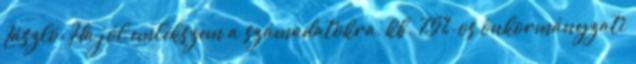
László: Ha jól emlékszem a számadatokra, kb. 75%-os önkormányzati